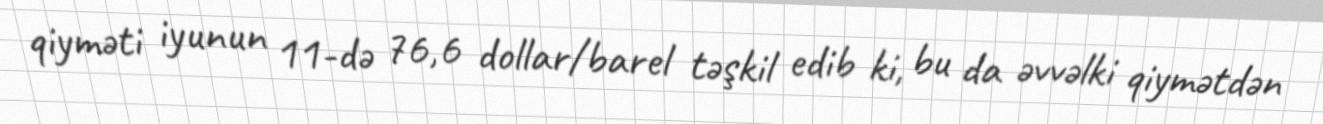
qiyməti iyunun 11-də 76,6 dollar/barel təşkil edib ki, bu da əvvəlki qiymətdən